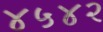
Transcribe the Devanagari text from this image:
४५४२